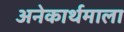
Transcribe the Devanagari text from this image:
अनेकार्थमाला